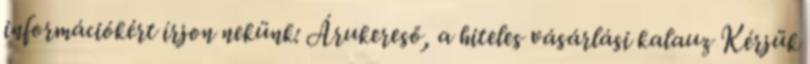
információkért írjon nekünk: Árukereső, a hiteles vásárlási kalauz Kérjük